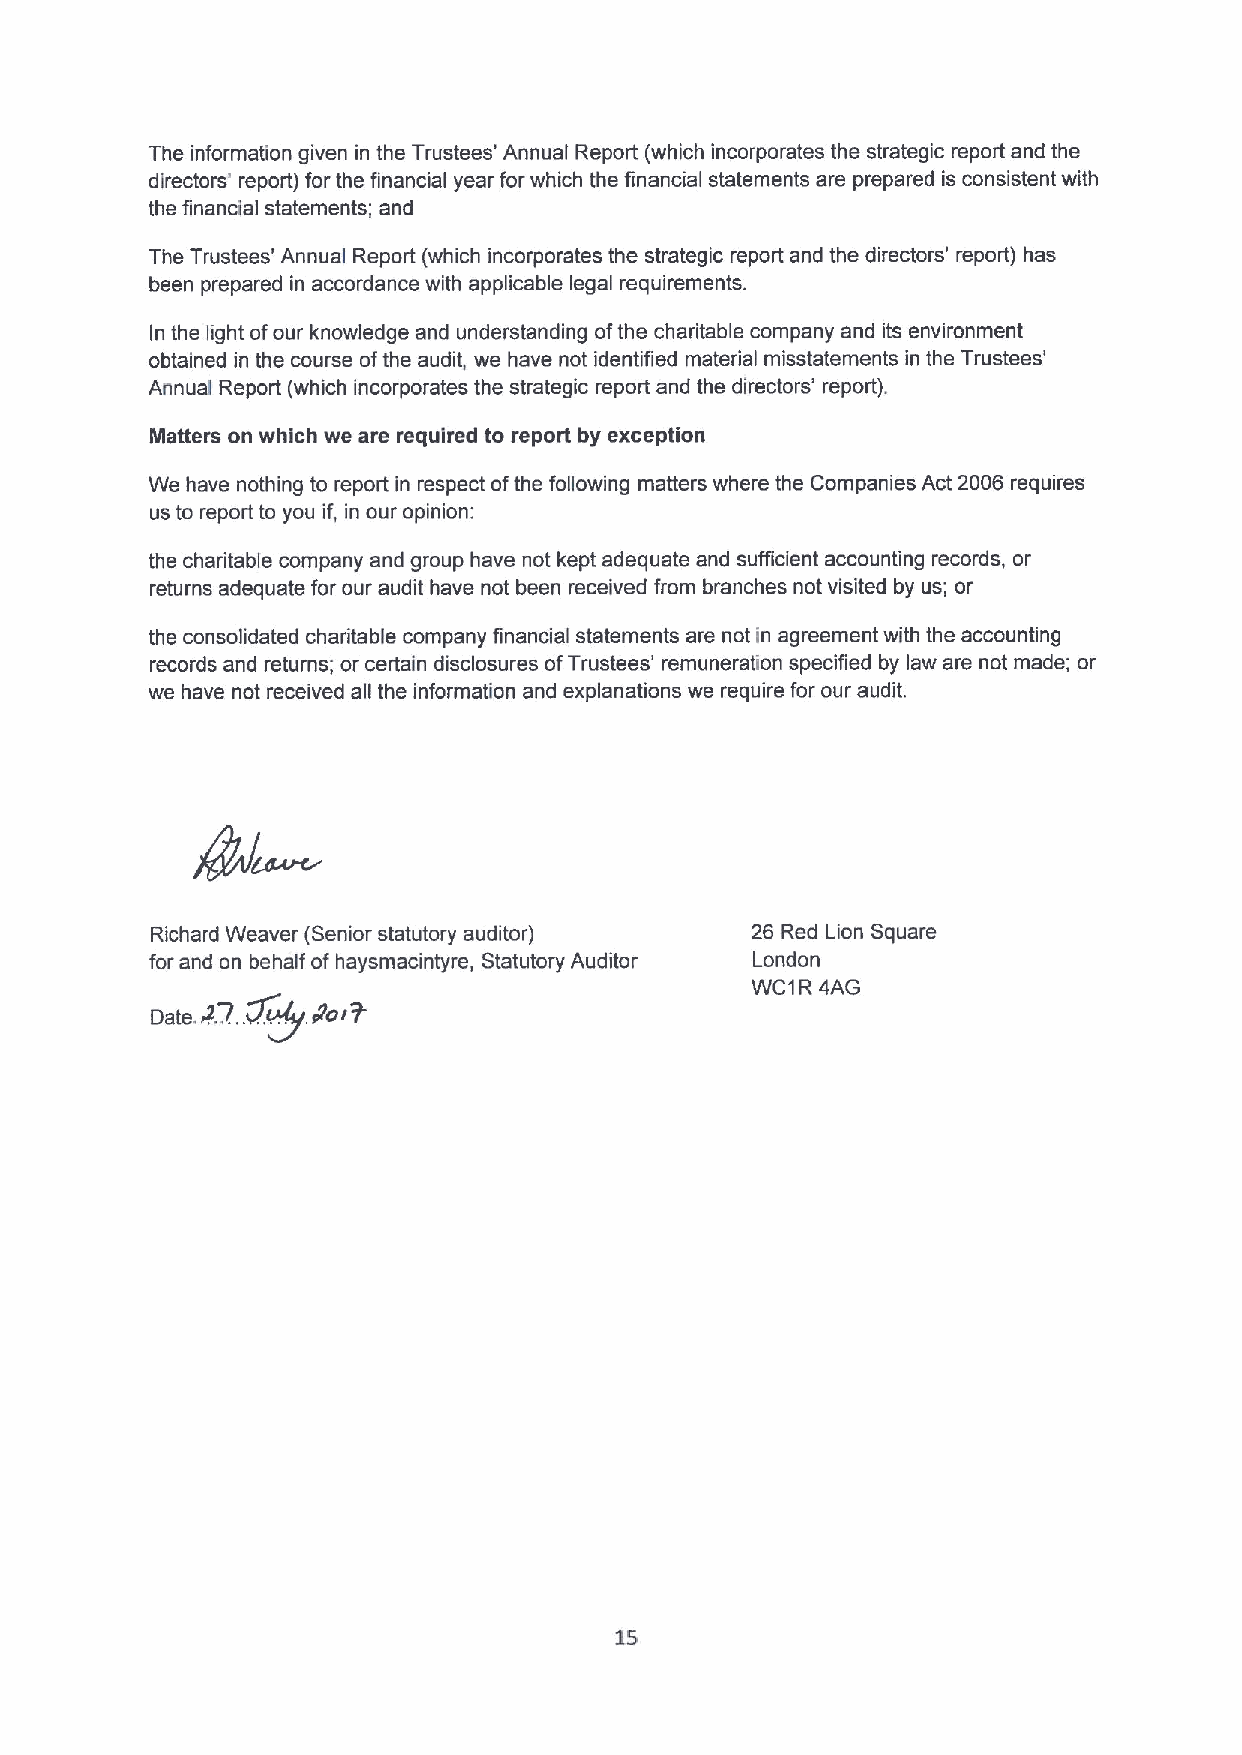
The information given in the Trustees' Annual Report (which incorporates the strategic report and the
 directors' report) for the financial year for which the financial statements are prepared is consistent with
 the financial statements; and
 The Trustees' Annual Report (which incorporates the strategic report and the directors' report) has
 been prepared in accordance with applicable legal requirements.
 In the light ofour knowledge and understanding ofthe charitable company and its environment
 obtained in the course ofthe audit, we have not identified matedial misstatements in the Trustees'
 Annual Report (which incorporates the strategic report and the directors' report).
 Matters on which we are required to report by exception
 We have nothing to report in respect ofthe following matters where the Companies Act 2006 requires
 us to report to you if, in our opinion:
 the charitable company and group have not kept adequate and sufficient accounting records, or
 returns adequate for our audit have not been received from branches not visited by us; or
 the consolidated charitable company financial statements are not in agreement with the accounting
 records and returns; or certain disclosures ofTrustees' remuneration specified by law are not made; or
 we have not received all the information and explanations we require for our audit.
 Richard Weaver (Senior statutory auditor) 26 Red Lion Square
 for and on behalf of haysmacintyre, Statutory Auditor London
 WC1R 4AG
 Date.4..7..PQ.
 Nor
 7
 15